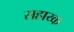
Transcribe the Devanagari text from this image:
सहाय्क